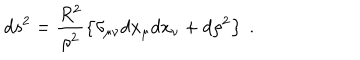
d s ^ { 2 } = \frac { R ^ { 2 } } { \rho ^ { 2 } } \left\{ \delta _ { \mu \nu } d x _ { \mu } d x _ { \nu } + d \rho ^ { 2 } \right\} \ .